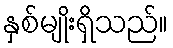
နှစ်မျိုးရှိသည်။